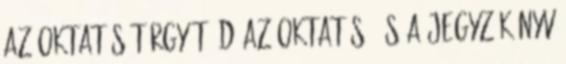
az oktatás tárgyát, d az oktatás, és a jegyzõkönyv